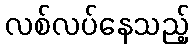
လစ်လပ်နေသည့်